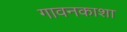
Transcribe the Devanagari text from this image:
गावनकाशा